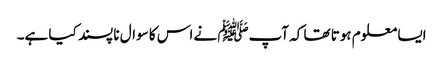
ایسا معلوم ہوتا تھا کہ آپﷺ نے اس کا سوال نا پسند کیا ہے۔